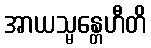
အာယသ္မန္တေဟီတိ